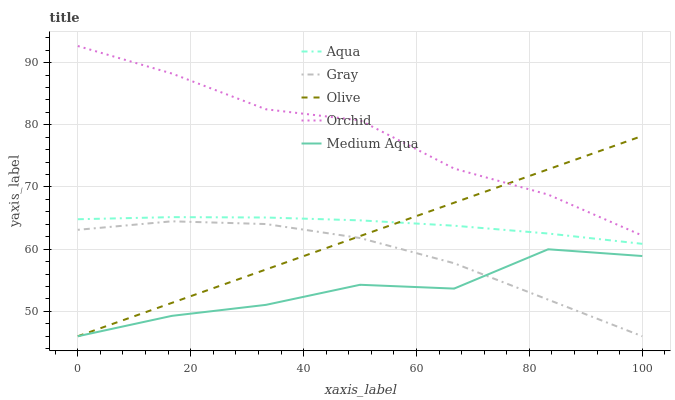
| xaxis_label | Aqua | Gray | Olive | Orchid | Medium Aqua |
 | --- | --- | --- | --- | --- | --- |
 | 0 | 64.8 | 63.1 | 46 | 92.7 | 46 |
 | 16.7 | 65.2 | 64.5 | 51.4 | 88.2 | 49.3 |
 | 33.3 | 65.1 | 64 | 56.7 | 82.5 | 51 |
 | 50 | 64.6 | 61.8 | 62.1 | 80.7 | 54.3 |
 | 66.7 | 63.8 | 57.7 | 67.5 | 73 | 53.7 |
 | 83.3 | 62.5 | 51.9 | 72.8 | 68.8 | 60 |
 | 100 | 60.9 | 46 | 78.2 | 62.2 | 58.9 |